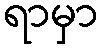
ရာမှာ